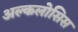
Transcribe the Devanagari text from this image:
अल्कलोसिस